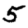
Digit: 5